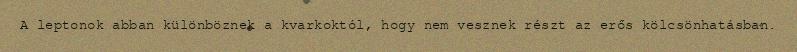
A leptonok abban különböznek a kvarkoktól, hogy nem vesznek részt az erős kölcsönhatásban.